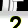
Digit: 2